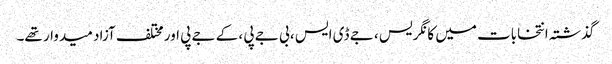
گذشتہ انتخابات میں کانگریس ، جے ڈی ایس ، بی جے پی ، کے جے پی اور مختلف آزاد میدوار تھے۔